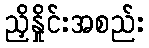
ညှိနှိုင်းအစည်း